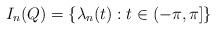
LaTeX: \begin{align*}I_{n}(Q)=\left\{ \lambda_{n}(t):t\in(-\pi,\pi]\right\} \end{align*}